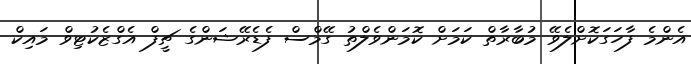
އެންމެ ފާހަގަކޮށްލެވޭ މުބާރާތް ކަމަށް ކޮމަންވެލްތު ގޭމްސް ފެޑެރޭޝަންގެ ޗީފް އެގްޒެކުޓިވް މައިކް